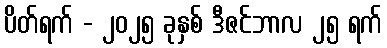
ပိတ်ရက် - ၂၀၂၅ ခုနှစ် ဒီဇင်ဘာလ ၂၅ ရက်